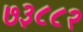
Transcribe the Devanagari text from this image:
७३८८२